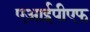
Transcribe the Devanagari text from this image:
एआईपीएफ